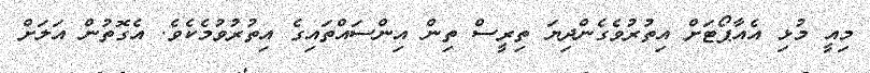
މިއީ މުޅި އެއާޕޯޓަށް އިތުރުވެގެންދިޔަ ތިރީސް ތިން އިންސައްތައިގެ އިތުރުވުމެކެވެ. އެގޮތުން އަލަށް